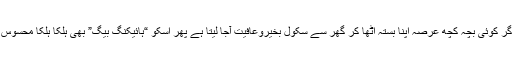
ایک بار اگر کوئی بچہ کچھ عرصہ اپنا بستہ اٹھا کر گھر سے سکول بخیروعافیت آجا لیتا ہے پھر اسکو “ہائیکنگ بیگ” بھی ہلکا ہلکا محسوس ہوتا ہے ۔